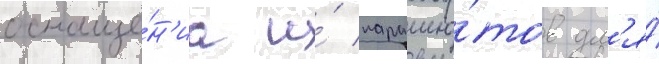
оснаще́н'иа и́ парашю́тов дл'я́